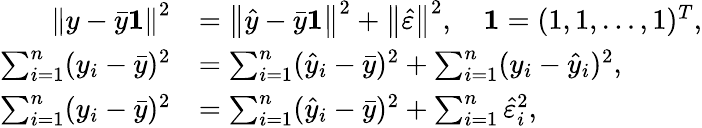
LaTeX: {\begin{array}{rl}{\left\| y-{\bar{y}}\mathbf{1}\right\| ^{2}}&{=\left\| {\hat{y}}-{\bar{y}}\mathbf{1}\right\| ^{2}+\left\| {\hat{\varepsilon}}\right\| ^{2},\quad\mathbf{1}=(1,1,\ldots,1)^{T},}\\ {\sum_{i=1}^{n}(y_{i}-{\bar{y}})^{2}}&{=\sum_{i=1}^{n}({\hat{y}}_{i}-{\bar{y}})^{2}+\sum_{i=1}^{n}(y_{i}-{\hat{y}}_{i})^{2},}\\ {\sum_{i=1}^{n}(y_{i}-{\bar{y}})^{2}}&{=\sum_{i=1}^{n}({\hat{y}}_{i}-{\bar{y}})^{2}+\sum_{i=1}^{n}{\hat{\varepsilon}}_{i}^{2},}\end{array}}